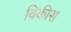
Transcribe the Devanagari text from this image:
विकीस